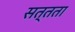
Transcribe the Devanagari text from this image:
सत्तता